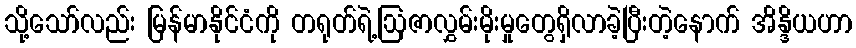
သို့သော်လည်း မြန်မာနိုင်ငံကို တရုတ်ရဲ့ဩဇာလွှမ်းမိုးမှုတွေရှိလာခဲ့ပြီးတဲ့နောက် အိန္ဒိယဟာ